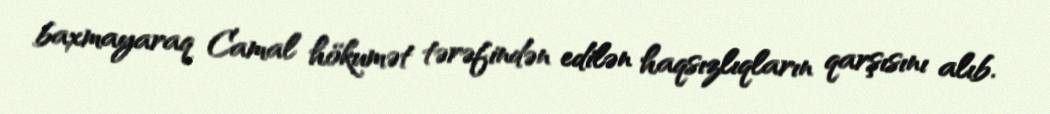
baxmayaraq Camal hökumət tərəfindən edilən haqsızlıqların qarşısını alıb.